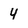
Character: 4